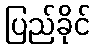
ပြည်ခိုင်